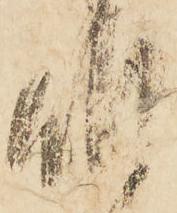
明